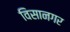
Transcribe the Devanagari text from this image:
विसानगर